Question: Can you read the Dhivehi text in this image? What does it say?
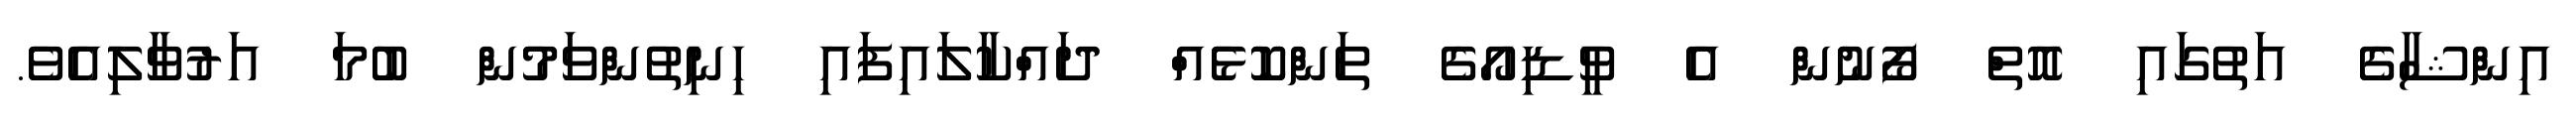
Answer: އިންޝާގެ އަތުގައި އޮތް ފޯނުން އެ ވީޑިއޯގެ ތަންކޮޅެއް ދައްކާލައިފައި ހިނިތުންވަމުން ބުމަ އަރުވާލިއެވެ.